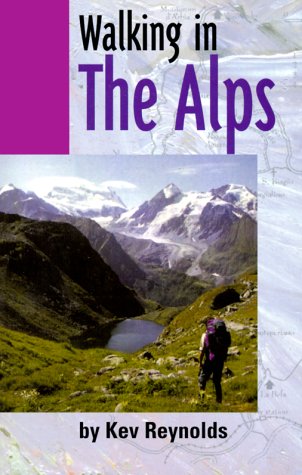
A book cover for Walking in the Alps (Travel); Kev Reynolds; Travel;